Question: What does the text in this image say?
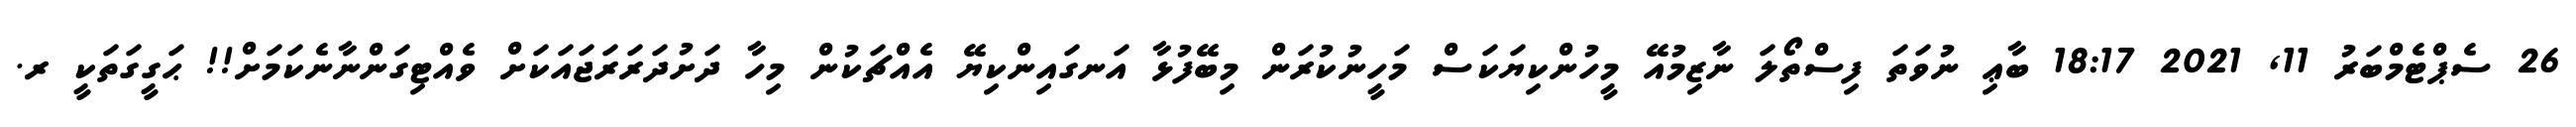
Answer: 26 ސެޕްޓެމްބަރު 11, 2021 18:17 ބާޢި ނުވަތަ ފިސްތޯލަ ނާޒިމުއޭ މީހުންކިޔަކަސް މަހީނުކުރަން މިބޭފުޅާ އަނގައިންކިޔޭ އެއްޗަކުން މިހާ ދަށުދަރަރަޖައަކަށް ވެއްޓިގަންނާނެކަމަށް!! ޙަގީގަތަކީ ރ.